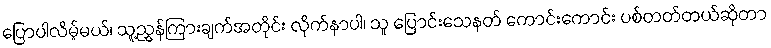
ပြောပါလိမ့်မယ်၊ သူ့ညွှန်ကြားချက်အတိုင်း လိုက်နာပါ၊ သူ ပြောင်းသေနတ် ကောင်းကောင်း ပစ်တတ်တယ်ဆိုတာ